Scottish Leaving Certificate Examination, 1961
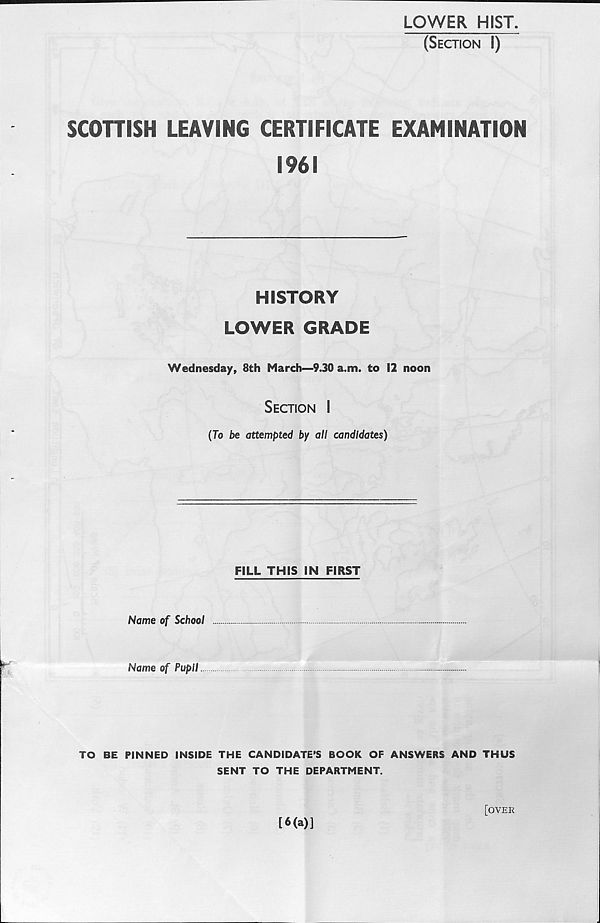
LOWER HIST.
(Section I)
SCOTTISH LEAVING CERTIFICATE EXAMINATION
1961
HISTORY
LOWER GRADE
Wednesday, 8th March—9.30 a.m. to 12 noon
Section I
(To be attempted by all candidates)
FILL THIS IN FIRST
Name of School
Name of Pupil
TO BE PINNED INSIDE THE CANDIDATE’S BOOK OF ANSWERS AND THUS
SENT TO THE DEPARTMENT.
[6(a)]
[OVER